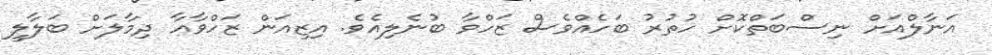
އަނާލްއަށް ނިސްބަތްކޮށް ހުތުރު ބަހެއްވެސް ޒަހްވާ ބުނެލިއެވެ. އިޒިއަން ޒަހްވާއާ ދިމާލަށް ބަލާލީ